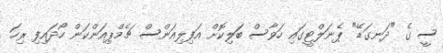
ސީ ގެ "ދަނގަޑޭ" ޕެނަލްޓީގައި ހަވާސް ބަލިކޮށް އަފިލިއަންސް ޗެމްޕިއަންކަން ހޯދައިފި ރިހަ